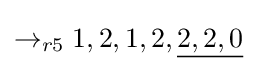
\rightarrow _{r5}1,2,1,2,{\underline {2,2,0}}